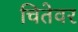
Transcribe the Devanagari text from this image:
चितेवर